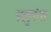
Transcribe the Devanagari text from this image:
स्खुरुंस